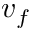
v { _ f }